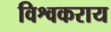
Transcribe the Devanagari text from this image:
विश्वकराय